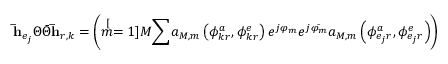
\mathbf { \bar { h } } _ { e _ { j } } \Theta \bar { \Theta } \mathbf { \bar { h } } _ { r , k } = \left( \stackrel [ m = 1 ] { M } { \sum } a _ { M , m } \left( \phi _ { k r } ^ { a } , \phi _ { k r } ^ { e } \right) e ^ { j \varphi _ { m } } e ^ { j \bar { \varphi _ { m } } } a _ { M , m } \left( \phi _ { e _ { j } r } ^ { a } , \phi _ { e _ { j } r } ^ { e } \right) \right)